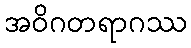
အဝိဂတရာဂဿ